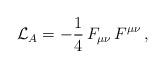
LaTeX: \begin{align*}{\cal L}_A=-\frac{1}{4}\,F_{\mu\nu}\,F^{\mu\nu}\,,\end{align*}